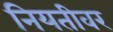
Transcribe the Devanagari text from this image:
नियतीवर